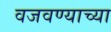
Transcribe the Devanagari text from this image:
वजवण्याच्या